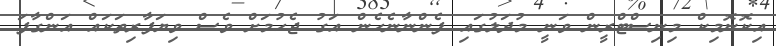
އިކޮނޮމިކް މިނިސްޓްރީން ވަނީ މުދަލުގައި ފެންނާނެހެން އަގު ޖެހުމަށް ވެސް ވިޔަފާރިތަކައް އަންގާފަ